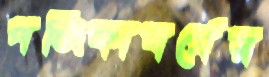
পঞ্জিকাবর্ষের